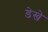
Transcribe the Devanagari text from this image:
डेखे